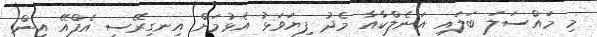
މި މައްސަލަ ބަލައި އަނެލްކާއާ މެދު ފިޔަވަޅު އެޅުމަށް އިނގިރޭސި އެފްއޭ އިން